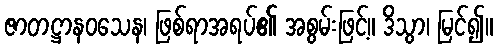
ဇာတဋ္ဌာနဝသေန၊ ဖြစ်ရာအရပ်၏ အစွမ်းဖြင့်။ ဒိသွာ၊ မြင်၍။